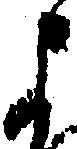
よ